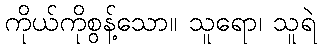
ကိုယ်ကိုစွန့်သော။ သူရော၊ သူရဲ